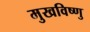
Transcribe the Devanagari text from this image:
मुखविष्णु